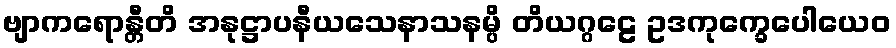
ဗျာကရောန္တီတိ အနုဋ္ဌာပနီယသေနာသနမ္ပိ တိယဂ္ဂဠေ ဥဒကုက္ခေပေါယေဝ